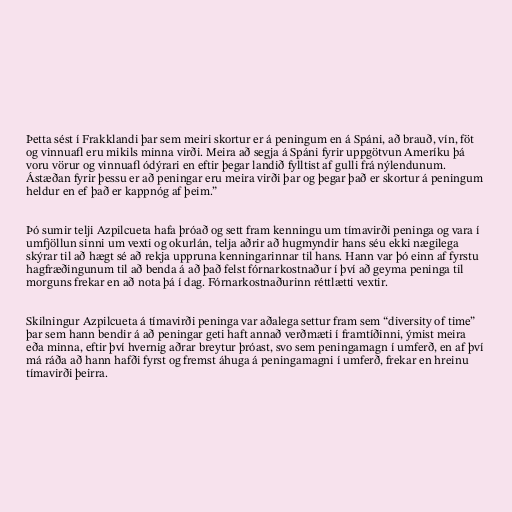
Þetta sést í Frakklandi þar sem meiri skortur er á peningum en á Spáni, að brauð, vín, föt
og vinnuafl eru mikils minna virði. Meira að segja á Spáni fyrir uppgötvun Ameríku þá
voru vörur og vinnuafl ódýrari en eftir þegar landið fylltist af gulli frá nýlendunum.
Ástæðan fyrir þessu er að peningar eru meira virði þar og þegar það er skortur á peningum
heldur en ef það er kappnóg af þeim.”

Þó sumir telji Azpilcueta hafa þróað og sett fram kenningu um tímavirði peninga og vara í
umfjöllun sinni um vexti og okurlán, telja aðrir að hugmyndir hans séu ekki nægilega
skýrar til að hægt sé að rekja uppruna kenningarinnar til hans. Hann var þó einn af fyrstu
hagfræðingunum til að benda á að það felst fórnarkostnaður í því að geyma peninga til
morguns frekar en að nota þá í dag. Fórnarkostnaðurinn réttlætti vextir.

Skilningur Azpilcueta á tímavirði peninga var aðalega settur fram sem “diversity of time”
þar sem hann bendir á að peningar geti haft annað verðmæti í framtíðinni, ýmist meira
eða minna, eftir því hvernig aðrar breytur þróast, svo sem peningamagn í umferð, en af því
má ráða að hann hafði fyrst og fremst áhuga á peningamagni í umferð, frekar en hreinu
tímavirði þeirra.